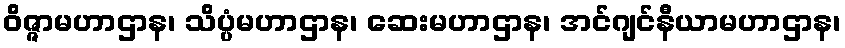
ဝိဇ္ဇာမဟာဌာန၊ သိပ္ပံမဟာဌာန၊ ဆေးမဟာဌာန၊ အင်ဂျင်နီယာမဟာဌာန၊